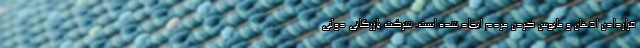
قراردادن اذهان و مایوس کردن مردم ایجاد شده است. شرکت بازرگانی دولتی